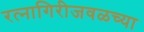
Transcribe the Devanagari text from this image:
रत्‍नागिरीजवळच्या